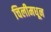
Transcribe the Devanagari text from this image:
चिलीमधून